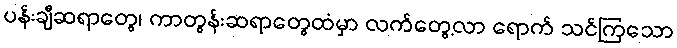
ပန်းချီဆရာတွေ၊ ကာတွန်းဆရာတွေထံမှာ လက်တွေ့လာ ရောက် သင်ကြသော